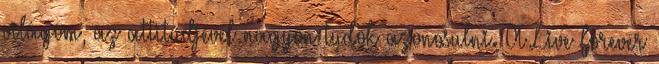
világom, az attitűdjével nagyon tudok azonosulni. A Live Forever